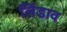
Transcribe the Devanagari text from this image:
लिंडाव